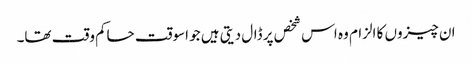
ان چیزوں کا الزام وہ اس شخص پر ڈال دیتی ہیں‌ جو اسوقت حاکم وقت تھا۔